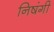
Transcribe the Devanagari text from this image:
निषंगी